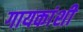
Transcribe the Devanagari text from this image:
गायकांशी